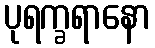
ပုရက္ခရာနော